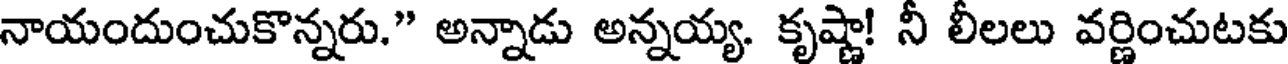
నాయందుంచుకొన్నరు." అన్నాడు అన్నయ్య. కృష్ణా! నీ లీలలు వర్ణించుటకు